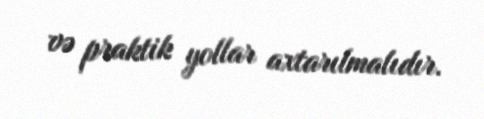
və praktik yollar axtarılmalıdır.